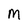
Character: M